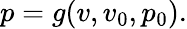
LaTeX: p=g(v,v_{0},p_{0}).